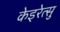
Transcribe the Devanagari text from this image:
केइरेत्सु